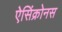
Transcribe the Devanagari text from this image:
ऐसिंक्रोनस